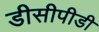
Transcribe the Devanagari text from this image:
डीसीपीडी